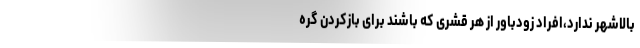
بالاشهر ندارد،افراد زودباور از هر قشری که باشند برای بازکردن گره